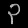
Digit: ၃